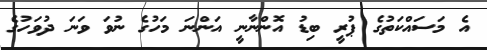
އެ މަސައްކަތުގެ ޕުރީ ބިޑު އޮންނާނީ އަންނަ މަހުގެ ނުވަ ވަނަ ދުވަހުގެ